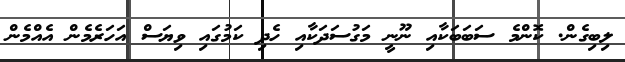
ލިބިގެން. ކޮންމެ ސަބަބަކާއި ނޫނީ މަގުސަދަކާއި ހެދި ކަމުގައި ވިޔަސް އަހަރެމެން އެއްމެން